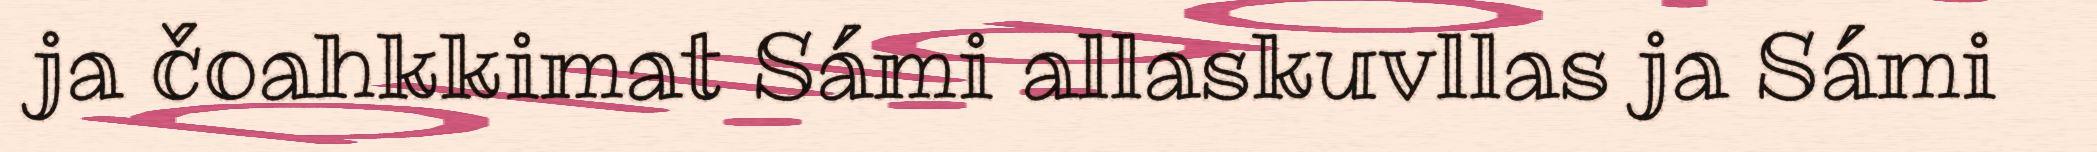
ja čoahkkimat Sámi allaskuvllas ja Sámi